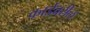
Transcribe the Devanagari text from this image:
कार्डवरील